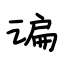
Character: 谝